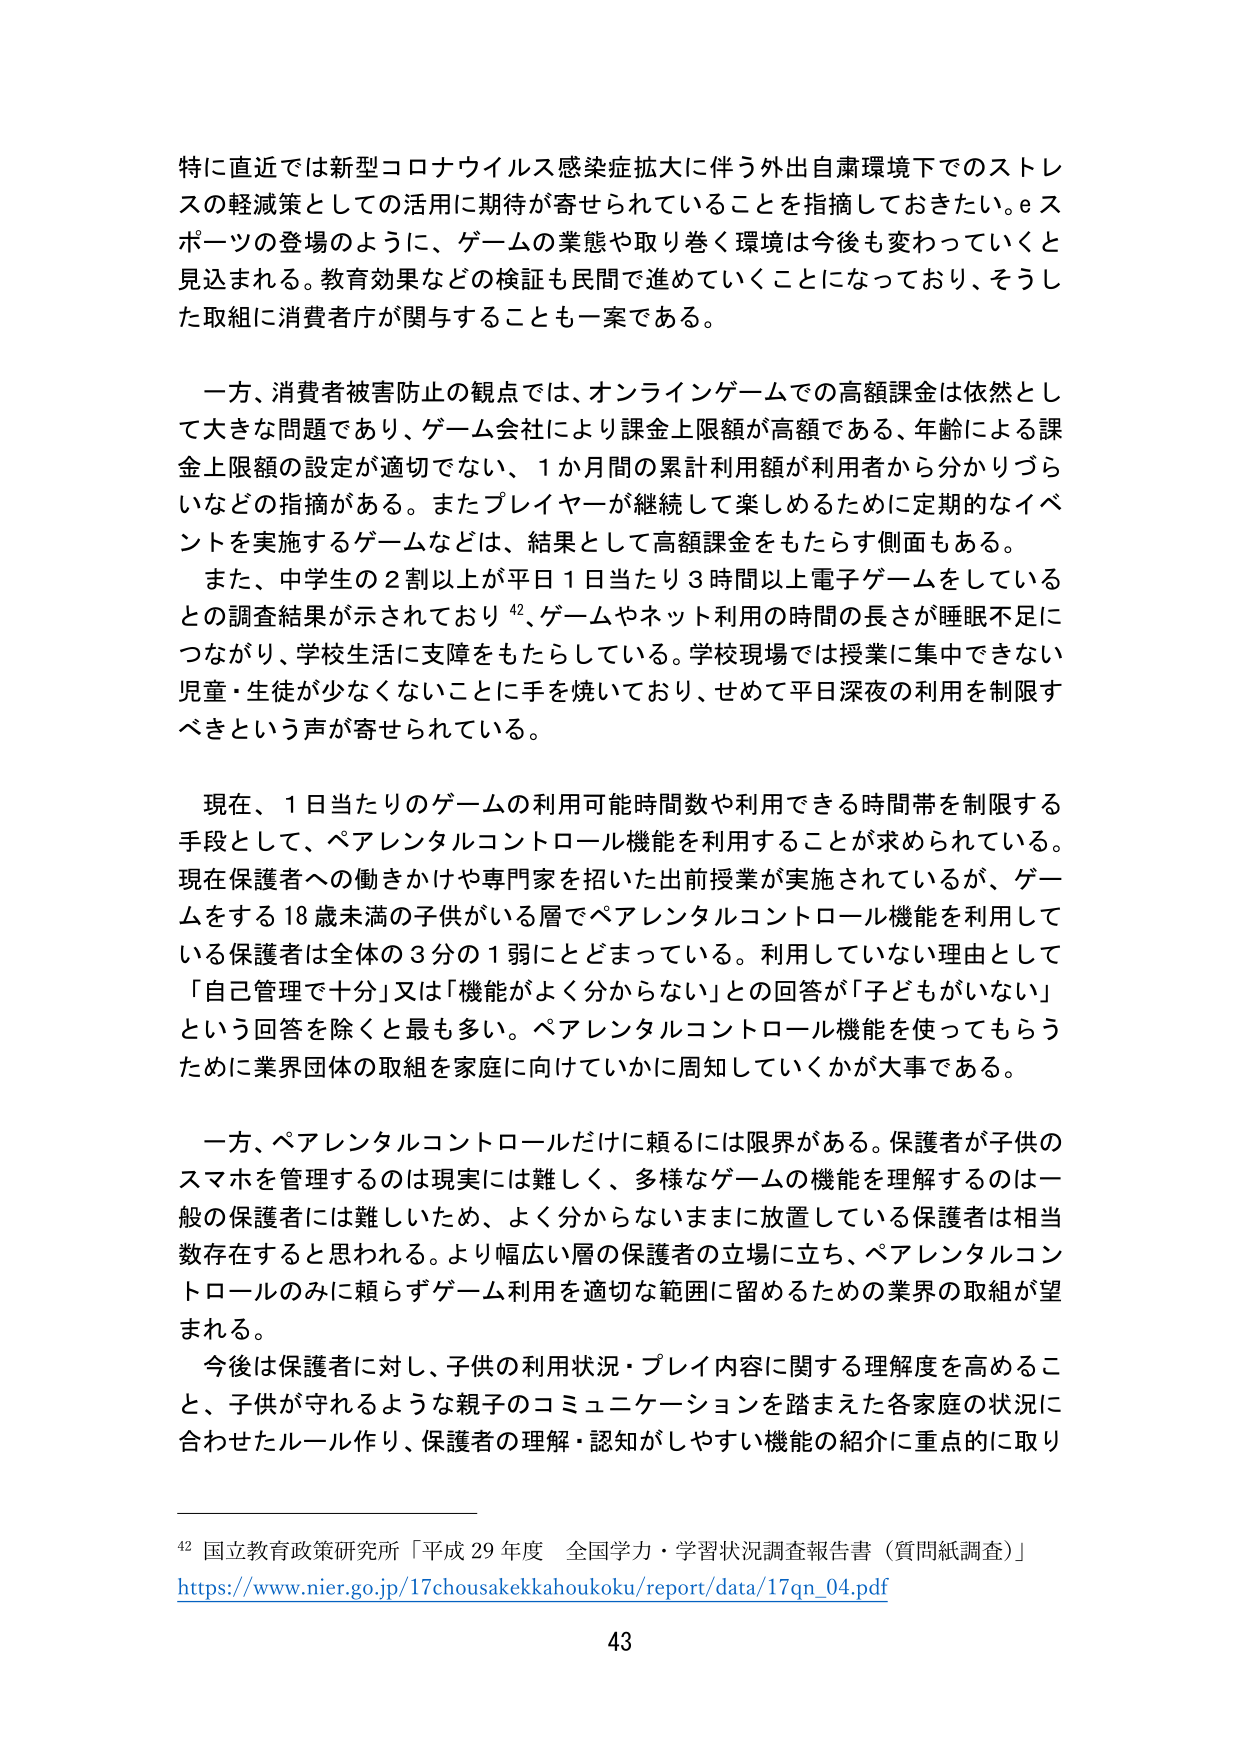
特に直近では新型コロナウイルス感染症拡大に伴う外出自粛環境下でのストレスの軽減策としての活用に期待が寄せられていることを指摘しておきたい。eスポーツの登場のように、ゲームの業態や取り巻く環境は今後も変わっていくと見込まれる。教育効果などの検証も民間で進めていくことになっており、そうした取組に消費者庁が関与することも一案である。

一方、消費者被害防止の観点では、オンラインゲームでの高額課金は依然として大きな問題であり、ゲーム会社により課金上限額が高額である、年齢による課金上限額の設定が適切でない、1か月間の累計利用額が利用者から分かりづらいなどの指摘がある。またプレイヤーが継続して楽しめるために定期的なイベントを実施するゲームなどは、結果として高額課金をもたらす側面もある。

また、中学生の2割以上が平日1日当たり3時間以上電子ゲームをしているとの調査結果が示されており⁴²、ゲームやネット利用の時間の長さが睡眠不足につながり、学校生活に支障をもたらしている。学校現場では授業に集中できない児童・生徒が少なくないことに手を焼いており、せめて平日深夜の利用を制限すべきという声が寄せられている。

現在、1日当たりのゲームの利用可能時間数や利用できる時間帯を制限する手段として、ペアレンタルコントロール機能を利用することが求められている。現在保護者への働きかけや専門家を招いた出前授業が実施されているが、ゲームをする18歳未満の子供がいる層でペアレンタルコントロール機能を利用している保護者は全体の3分の1弱にとどまっている。利用していない理由として「自己管理で十分」又は「機能がよく分からない」との回答が「子どもがいない」という回答を除くと最も多い。ペアレンタルコントロール機能を使ってもらうために業界団体の取組を家庭に向けていかに周知していくかが大事である。

一方、ペアレンタルコントロールだけに頼るには限界がある。保護者が子供のスマホを管理するのは現実には難しく、多様なゲームの機能を理解するのは一般の保護者には難しいため、よく分からないままに放置している保護者は相当数存在すると思われる。より幅広い層の保護者の立場に立ち、ペアレンタルコントロールのみに頼らずゲーム利用を適切な範囲に留めるための業界の取組が望まれる。

今後は保護者に対し、子供の利用状況・プレイ内容に関する理解度を高めること、子供が守れるような親子のコミュニケーションを踏まえた各家庭の状況に合わせたルール作り、保護者の理解・認知がしやすい機能の紹介に重点的に取り

⁴² 国立教育政策研究所「平成29年度 全国学力・学習状況調査報告書（質問紙調査）」
https://www.nier.go.jp/17chousakekkahoukoku/report/data/17qn_04.pdf

43